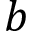
b